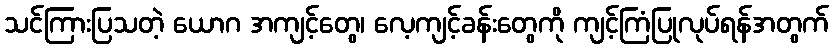
သင်ကြားပြသတဲ့ ယောဂ အကျင့်တွေ၊ လေ့ကျင့်ခန်းတွေကို ကျင့်ကြံပြုလုပ်ရန်အတွက်